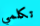
تكلمي